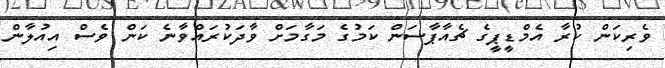
ވެރިކަން ކުރާ އެމްޑީޕީގެ ޗެއާޕާސަން ކަމުގެ މަގާމަށް ވާދަކުރައްވާނެ ކަން ވެސް އިއުލާން